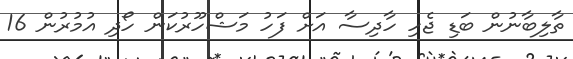
ތާލިބާނުން ބަޑި ޖެހި ހާދިސާ އަށް ފަހު މަޝްހޫރުކަން ހޯދި އުމުރުން 16